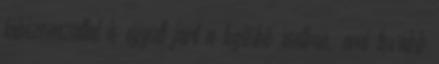
lábizomzattal is együtt járt a legtöbb esetben, ami tovább